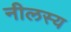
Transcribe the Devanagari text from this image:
नीलस्य